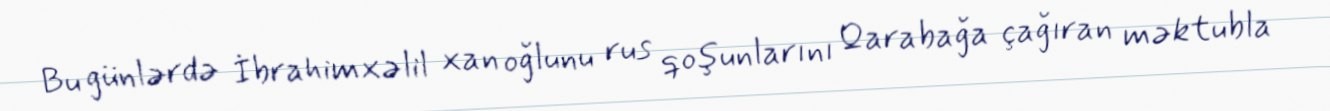
Bu günlərdə İbrahimxəlil xan oğlunu rus qoşunlarını Qarabağa çağıran məktubla